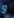
و